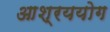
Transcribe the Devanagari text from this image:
आश्रययोग